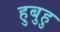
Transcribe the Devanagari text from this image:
हुबुहु